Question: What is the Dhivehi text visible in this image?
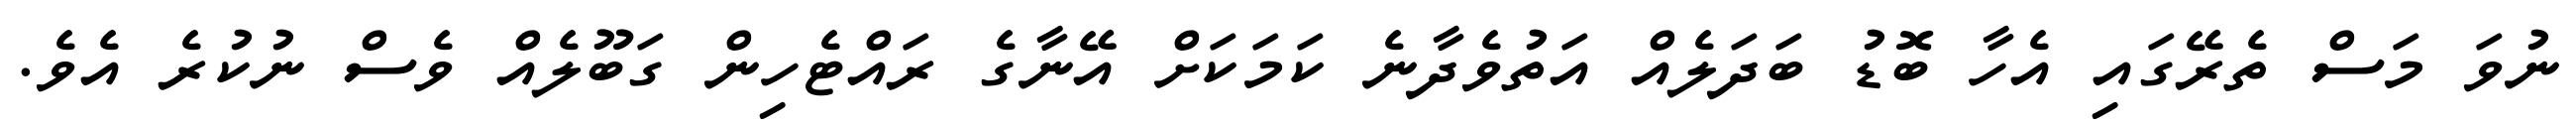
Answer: ނުވަ މަސް ތެރޭގައި އެހާ ބޮޑު ބަދަލެއް އަތުވެދާނެ ކަމަކަށް އޭނާގެ ރައްޓެހިން ގަބޫލެއް ވެސް ނުކުރެ އެވެ.